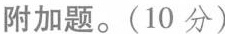
附加题。(10分)